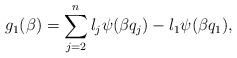
LaTeX: \begin{align*}g_{1}(\beta)=\sum_{j=2}^{n}l_j \psi(\beta q_j)-l_1 \psi(\beta q_1),\end{align*}